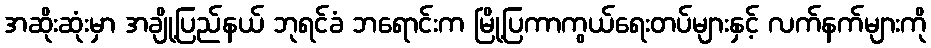
အဆိုးဆုံးမှာ အချို့ပြည်နယ် ဘုရင်ခံ ဘရောင်းက မြို့ပြကာကွယ်ရေးတပ်များနှင့် လက်နက်များကို